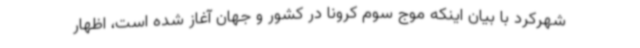
شهرکرد با بیان اینکه موج سوم کرونا در کشور و جهان آغاز شده است، اظهار